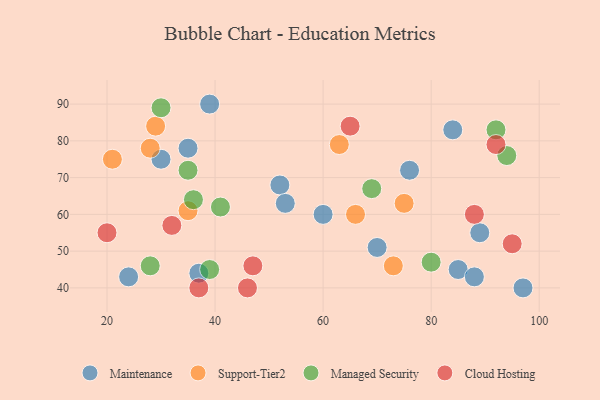
{"axis": {"x": "GDP", "y": "Life Expectancy"}, "legend": ["Cloud Hosting", "Maintenance", "Managed Security", "Support-Tier2"], "data": [{"x": "85", "y": 45, "type": "Maintenance"}, {"x": "97", "y": 40, "type": "Maintenance"}, {"x": "70", "y": 51, "type": "Maintenance"}, {"x": "84", "y": 83, "type": "Maintenance"}, {"x": "24", "y": 43, "type": "Maintenance"}, {"x": "35", "y": 78, "type": "Maintenance"}, {"x": "52", "y": 68, "type": "Maintenance"}, {"x": "30", "y": 75, "type": "Maintenance"}, {"x": "37", "y": 44, "type": "Maintenance"}, {"x": "88", "y": 43, "type": "Maintenance"}, {"x": "89", "y": 55, "type": "Maintenance"}, {"x": "53", "y": 63, "type": "Maintenance"}, {"x": "76", "y": 72, "type": "Maintenance"}, {"x": "39", "y": 90, "type": "Maintenance"}, {"x": "60", "y": 60, "type": "Maintenance"}, {"x": "28", "y": 78, "type": "Support-Tier2"}, {"x": "35", "y": 61, "type": "Support-Tier2"}, {"x": "73", "y": 46, "type": "Support-Tier2"}, {"x": "75", "y": 63, "type": "Support-Tier2"}, {"x": "63", "y": 79, "type": "Support-Tier2"}, {"x": "66", "y": 60, "type": "Support-Tier2"}, {"x": "21", "y": 75, "type": "Support-Tier2"}, {"x": "29", "y": 84, "type": "Support-Tier2"}, {"x": "41", "y": 62, "type": "Managed Security"}, {"x": "92", "y": 83, "type": "Managed Security"}, {"x": "30", "y": 89, "type": "Managed Security"}, {"x": "69", "y": 67, "type": "Managed Security"}, {"x": "35", "y": 72, "type": "Managed Security"}, {"x": "39", "y": 45, "type": "Managed Security"}, {"x": "94", "y": 76, "type": "Managed Security"}, {"x": "80", "y": 47, "type": "Managed Security"}, {"x": "36", "y": 64, "type": "Managed Security"}, {"x": "28", "y": 46, "type": "Managed Security"}, {"x": "88", "y": 60, "type": "Cloud Hosting"}, {"x": "46", "y": 40, "type": "Cloud Hosting"}, {"x": "65", "y": 84, "type": "Cloud Hosting"}, {"x": "20", "y": 55, "type": "Cloud Hosting"}, {"x": "92", "y": 79, "type": "Cloud Hosting"}, {"x": "95", "y": 52, "type": "Cloud Hosting"}, {"x": "47", "y": 46, "type": "Cloud Hosting"}, {"x": "32", "y": 57, "type": "Cloud Hosting"}, {"x": "37", "y": 40, "type": "Cloud Hosting"}]}